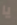
يا